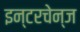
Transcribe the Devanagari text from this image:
इन्टरचेन्ज